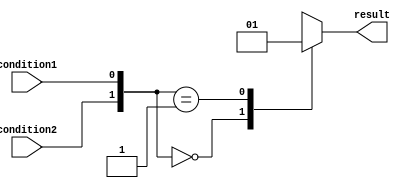
module X_based_case_statement (
    input wire condition1,
    input wire condition2,
    output reg result
);

always @* begin
    case ({condition2, condition1})
        2'b00: result = 1'b0; // Condition 1 is false, Condition 2 is false
        2'b01: result = 1'b1; // Condition 1 is false, Condition 2 is true
        2'b10: result = 1'bx; // Condition 1 is true, Condition 2 is false
        2'b11: result = 1'bx; // Condition 1 is true, Condition 2 is true
    endcase
end

endmodule